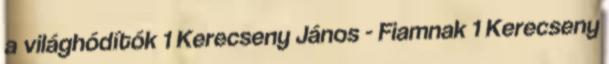
a világhódítók 1 Kerecseny János - Fiamnak 1 Kerecseny